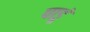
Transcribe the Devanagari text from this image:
पाडूं